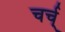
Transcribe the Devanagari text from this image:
चर्च्